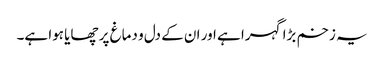
یہ زخم بڑا گہرا ہے اور ان کے دل و دماغ پر چھایا ہوا ہے۔